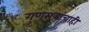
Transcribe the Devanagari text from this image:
गुणसूत्रांचाही